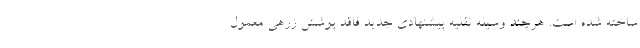
ساخته شده است. هرچند وسیله نقلیه پیشنهادی جدید فاقد پوشش زرهی معمول